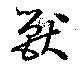
獸